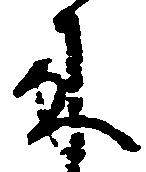
来